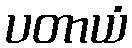
ပတာယံ